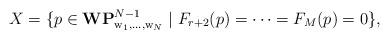
LaTeX: \begin{align*}X=\{ p\in {\bf WP}^{N-1}_{{\rm w}_1,\ldots,{\rm w}_N}\mid F_{r+2}(p)=\cdots=F_{M}(p)=0\},\end{align*}